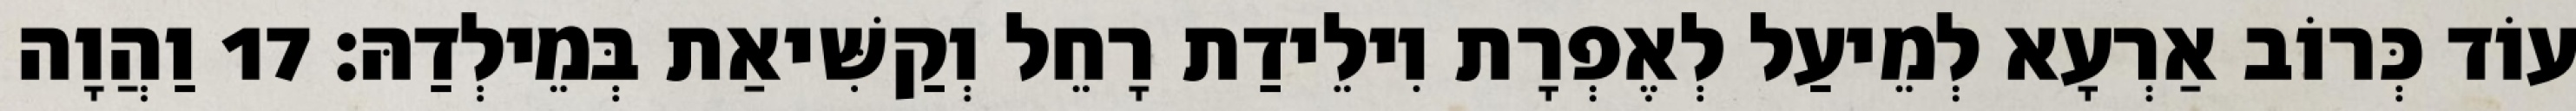
עוֹד כְּרוֹב אַרְעָא לְמֵיעַל לְאֶפְרָת וִילֵידַת רָחֵל וְקַשִּׁיאַת בְּמֵילְדַהּ׃ 17 וַהֲוָה